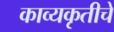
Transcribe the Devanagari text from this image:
काव्यकृतीचे